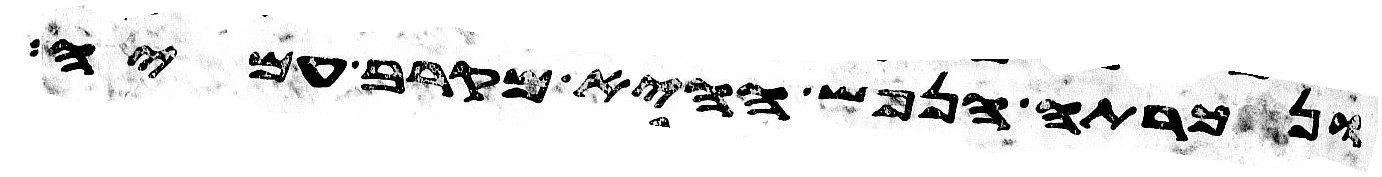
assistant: ונכרתה הנפש ההיא מקרב עמיה